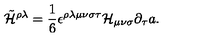
\tilde { \cal H } ^ { \rho \lambda } = { \frac { 1 } { 6 } } \epsilon ^ { \rho \lambda \mu \nu \sigma \tau } { \cal H } _ { \mu \nu \sigma } \partial _ { \tau } a .